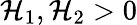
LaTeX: \mathcal{H}_{1},\mathcal{H}_{2}>0